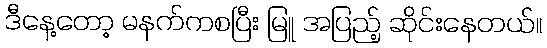
ဒီနေ့တော့ မနက်ကစပြီး မြူ အပြည့် ဆိုင်းနေတယ်။